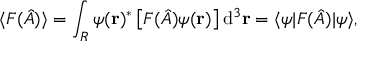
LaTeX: \langle F ( { \hat { A } } ) \rangle = \int _ { R } \psi ( \mathbf { r } ) ^ { * } \left[ F ( { \hat { A } } ) \psi ( \mathbf { r } ) \right] \mathrm { d } ^ { 3 } \mathbf { r } = \langle \psi | F ( { \hat { A } } ) | \psi \rangle ,